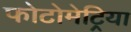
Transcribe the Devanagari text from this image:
फोटोमेट्रिया